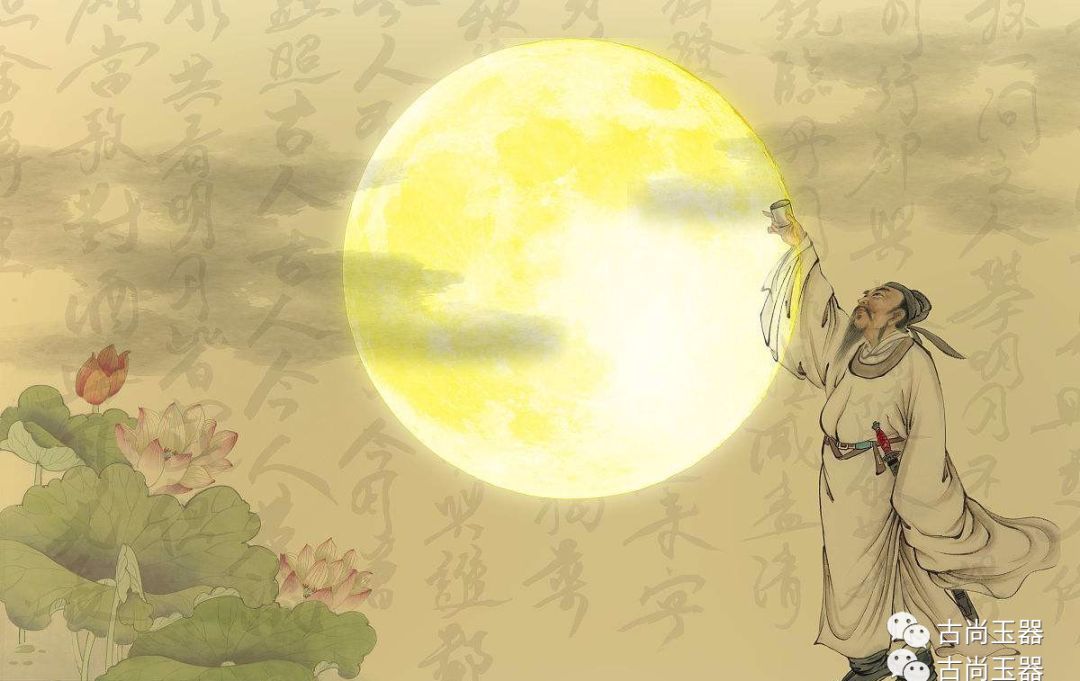
忆对中秋丹桂丛。花在杯中。月在杯中。